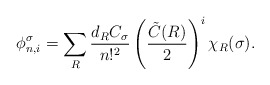
\begin{align*}\phi^{\sigma}_{n,i} =\sum_{R}\frac{d_{R} C_{\sigma}}{n!^2}\left(\frac{ \tilde{C}(R)}{2} \right)^i\chi_{R} (\sigma).\end{align*}